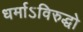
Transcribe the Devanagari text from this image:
धर्माऽविरुद्धो